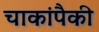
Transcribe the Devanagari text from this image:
चाकांपैकी